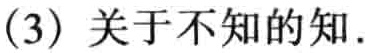
(3) 关于不知的知.